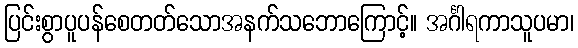
ပြင်းစွာပူပန်စေတတ်သောအနက်သဘောကြောင့်။ အင်္ဂါရကာသူပမာ၊